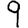
Digit: 9